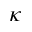
\kappa